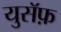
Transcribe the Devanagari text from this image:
युसॅफ़